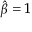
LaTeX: { \hat { \beta } } = 1